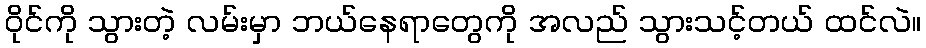
ဝိုင်ကို သွားတဲ့ လမ်းမှာ ဘယ်နေရာတွေကို အလည် သွားသင့်တယ် ထင်လဲ။